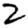
Digit: 2